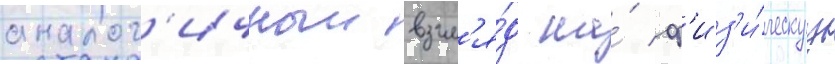
аналог'ичныи взгл'я́д на́ ф'из'и́ческуу